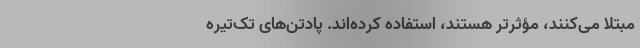
مبتلا می‌کنند، مؤثرتر هستند، استفاده کرده‌اند. پادتن‌های تَک‌تیره